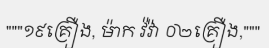
"""១៩គ្រឿង, ម៉ាក វ៉វ៉ា ០២គ្រឿង,"""